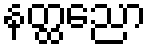
နတ္ထညော